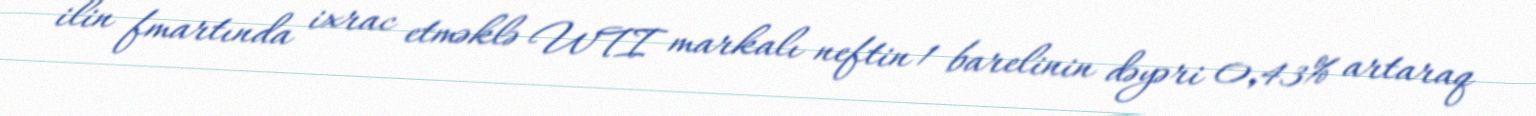
ilin fmartında ixrac etməklə WTI markalı neftin 1 barelinin dəyəri 0,43% artaraq